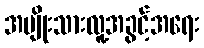
အမျိုးသားလူ့အခွင့်အရေး